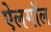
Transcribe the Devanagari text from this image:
ऐलगॉल